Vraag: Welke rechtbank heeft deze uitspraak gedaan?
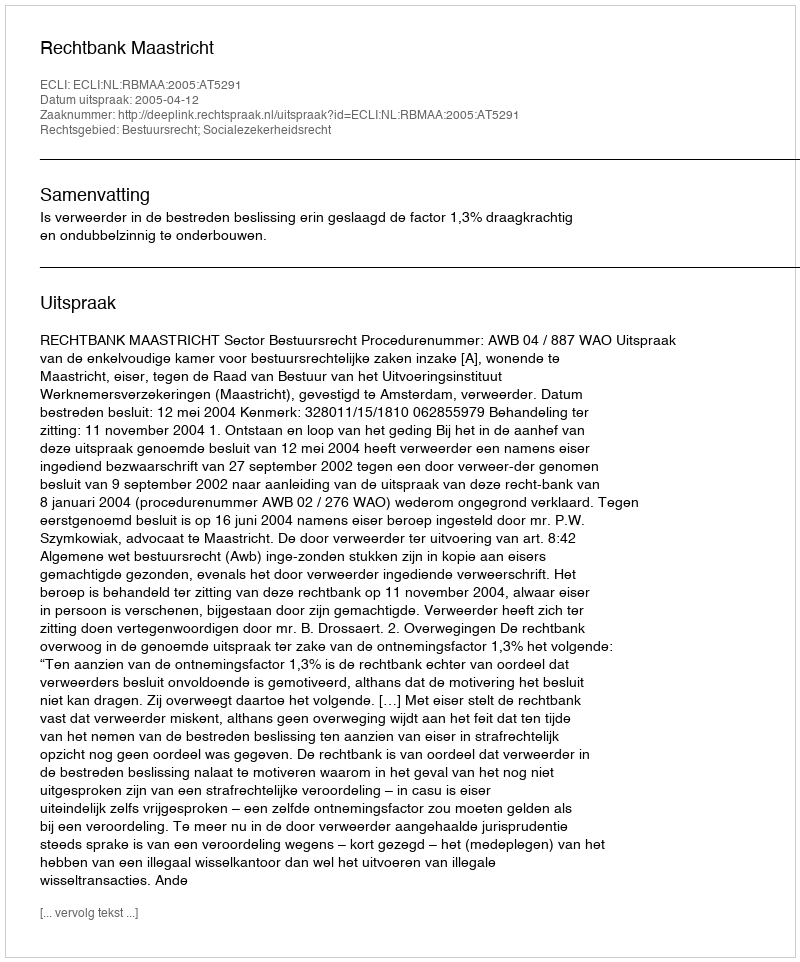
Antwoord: Rechtbank Maastricht